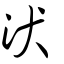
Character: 汱